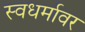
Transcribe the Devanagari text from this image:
स्वधर्मावर